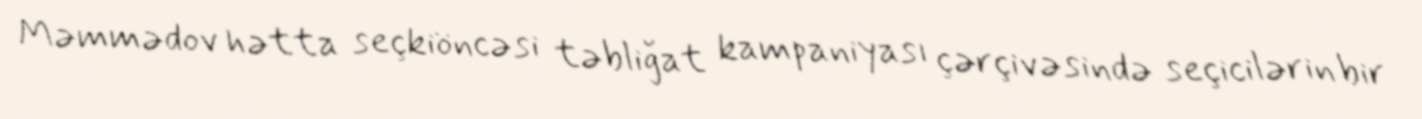
Məmmədov hətta seçkiöncəsi təbliğat kampaniyası çərçivəsində seçicilərin bir